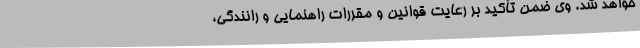
خواهد شد. وی ضمن تأکید بر رعایت قوانین و مقررات راهنمایی و رانندگی،